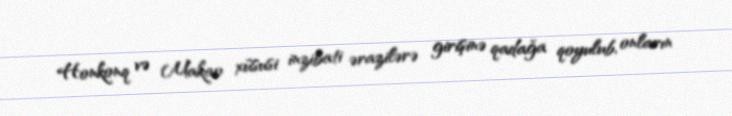
Honkonq və Makao xüsusi inzibati ərazilərə girişinə qadağa qoyulub, onların